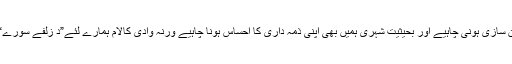
ضرورت اس امر کی ہے کہ اس کے تحفظ کے لئے کوئی قانون سازی ہونی چاہیے اور بحیثیت شہری ہمیں بھی اپنی ذمہ داری کا احساس ہونا چاہیے ورنہ وادی کالام ہمارے لئے”د زلفے سورے“ گیسوئے یار کی بجائے بالوں کی خشکی بن جائے گی اور بس۔